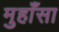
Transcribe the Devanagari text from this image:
मुहाँसा